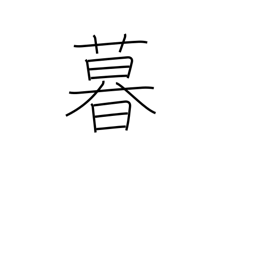
Meaning: livelihood